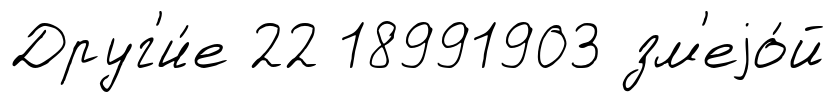
Друг'и́е 22 18991903 зм'еjо́й